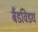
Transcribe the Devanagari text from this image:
बैंडविडथ